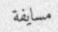
مسايفة